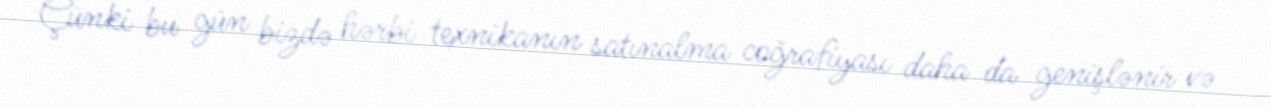
Çünki bu gün bizdə hərbi texnikanın satınalma coğrafiyası daha da genişlənir və